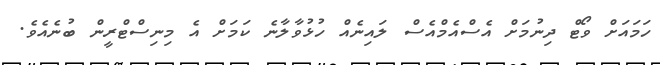
ހަމައަށް ވޯޓް ދިނުމަށް އެސްއެމްއެސް ލައިނެއް ހުޅުވާލާނެ ކަމަށް އެ މިނިސްޓްރީން ބުނެއެވެ.